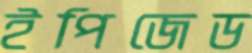
ইপিজেড